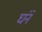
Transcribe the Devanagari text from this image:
घंने